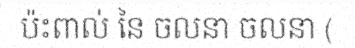
ប៉ះពាល់ នៃ ចលនា ចលនា (